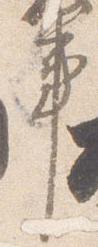
事